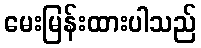
မေးမြန်းထားပါသည်